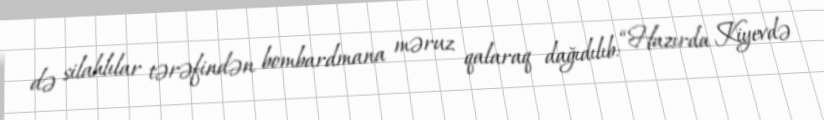
də silahlılar tərəfindən bombardmana məruz qalaraq dağıdılıb: “Hazırda Kiyevdə